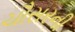
ચૌસરની